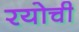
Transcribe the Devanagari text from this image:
रयोची